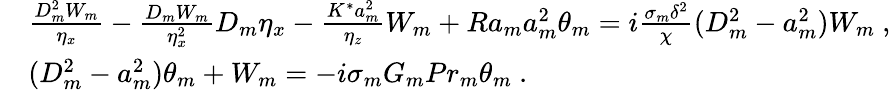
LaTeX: \begin{array}{rl}&{\frac{D_{m}^{2}W_{m}}{\eta_{x}}-\frac{D_{m}W_{m}}{\eta_{x}^{2}}D_{m}\eta_{x}-\frac{K^{*}a_{m}^{2}}{\eta_{z}}W_{m}+Ra_{m}a_{m}^{2}\theta_{m}=i\frac{\sigma_{m}\delta^{2}}{\chi}(D_{m}^{2}-a_{m}^{2})W_{m}~,}\\ &{(D_{m}^{2}-a_{m}^{2})\theta_{m}+W_{m}=-i\sigma_{m}G_{m}Pr_{m}\theta_{m}~.}\end{array}